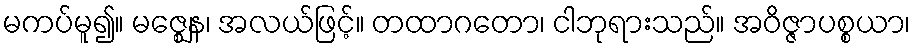
မကပ်မူ၍။ မဇ္ဈေန၊ အလယ်ဖြင့်။ တထာဂတော၊ ငါဘုရားသည်။ အဝိဇ္ဇာပစ္စယာ၊